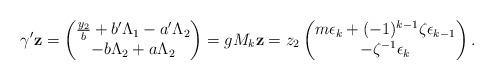
LaTeX: \begin{align*} \gamma' \mathbf{z} = \begin{pmatrix} \frac{y_2}{b} + b' \Lambda_1 - a' \Lambda_2\\ -b \Lambda_2 + a \Lambda_2 \end{pmatrix} = g M_k \mathbf{z} = z_2 \begin{pmatrix} m \epsilon_k + (-1)^{k - 1} \zeta \epsilon_{k - 1}\\ - \zeta^{-1} \epsilon_k \end{pmatrix}. \end{align*}